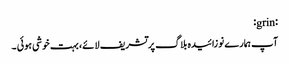
:grin:
آپ ہمارے نوزائیدہ بلاگ پر تشریف لائے، بہت خوشی ہوئی ۔